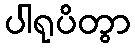
ပါရုပိတွာ